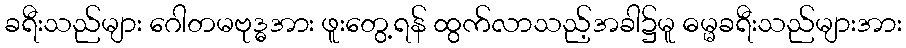
ခရီးသည်များ ဂေါတမဗုဒ္ဓအား ဖူးတွေ့ရန် ထွက်လာသည့်အခါ၌မူ ဓမ္မခရီးသည်များအား